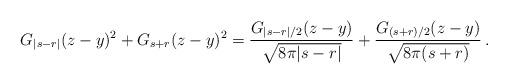
LaTeX: \begin{align*}G_{\vert s- r\vert}(z-y)^2 + G_{s+ r}(z-y)^2= \frac{G_{\vert s- r\vert/2}(z-y)}{\sqrt{8\pi\vert s- r\vert}}+ \frac{G_{(s+ r)/2}(z-y)}{\sqrt{8\pi (s+ r)}}\,.\end{align*}